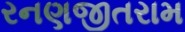
રનણજીતરામ